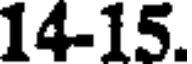
14-15.